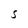
Character: s